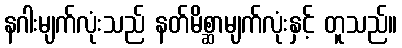
နဂါးမျက်လုံးသည် နတ်မိစ္ဆာမျက်လုံးနှင့် တူသည်။